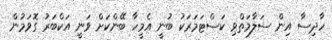
ހާދިސާ އިން ސަލާމަތްވި ކަސްޓަމަރަކު ބުނީ އެމީހާ ބޭންކަށް ވަނީ އަކްބަރު ގޮވަމުން